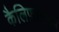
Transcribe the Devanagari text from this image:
कैलिफ़ाइलम